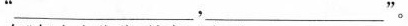
‘___，___。’